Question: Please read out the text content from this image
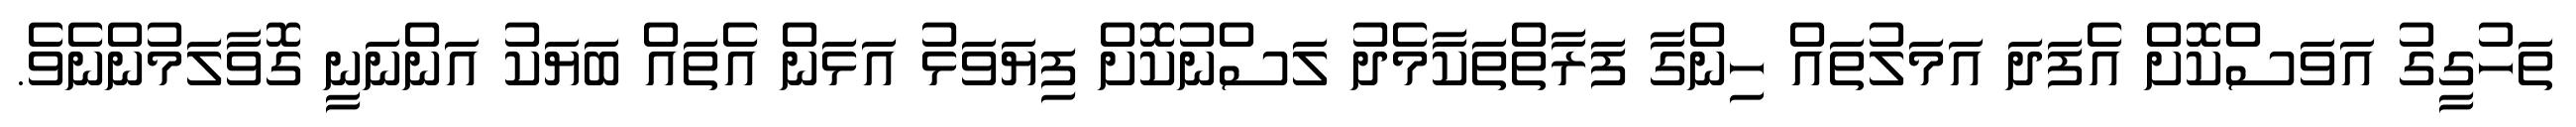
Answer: ތަހުގީގު އަވަސްކޮށް އެފަދަ އަމަލުތައް ހިންގާ ފަރާތްތަކާމެދު ލަސްނުކޮށް ފިޔަވަޅު އަޅަން އެތައް ބަޔަކު އަންނަނީ ގޮވާލަމުންނެވެ.